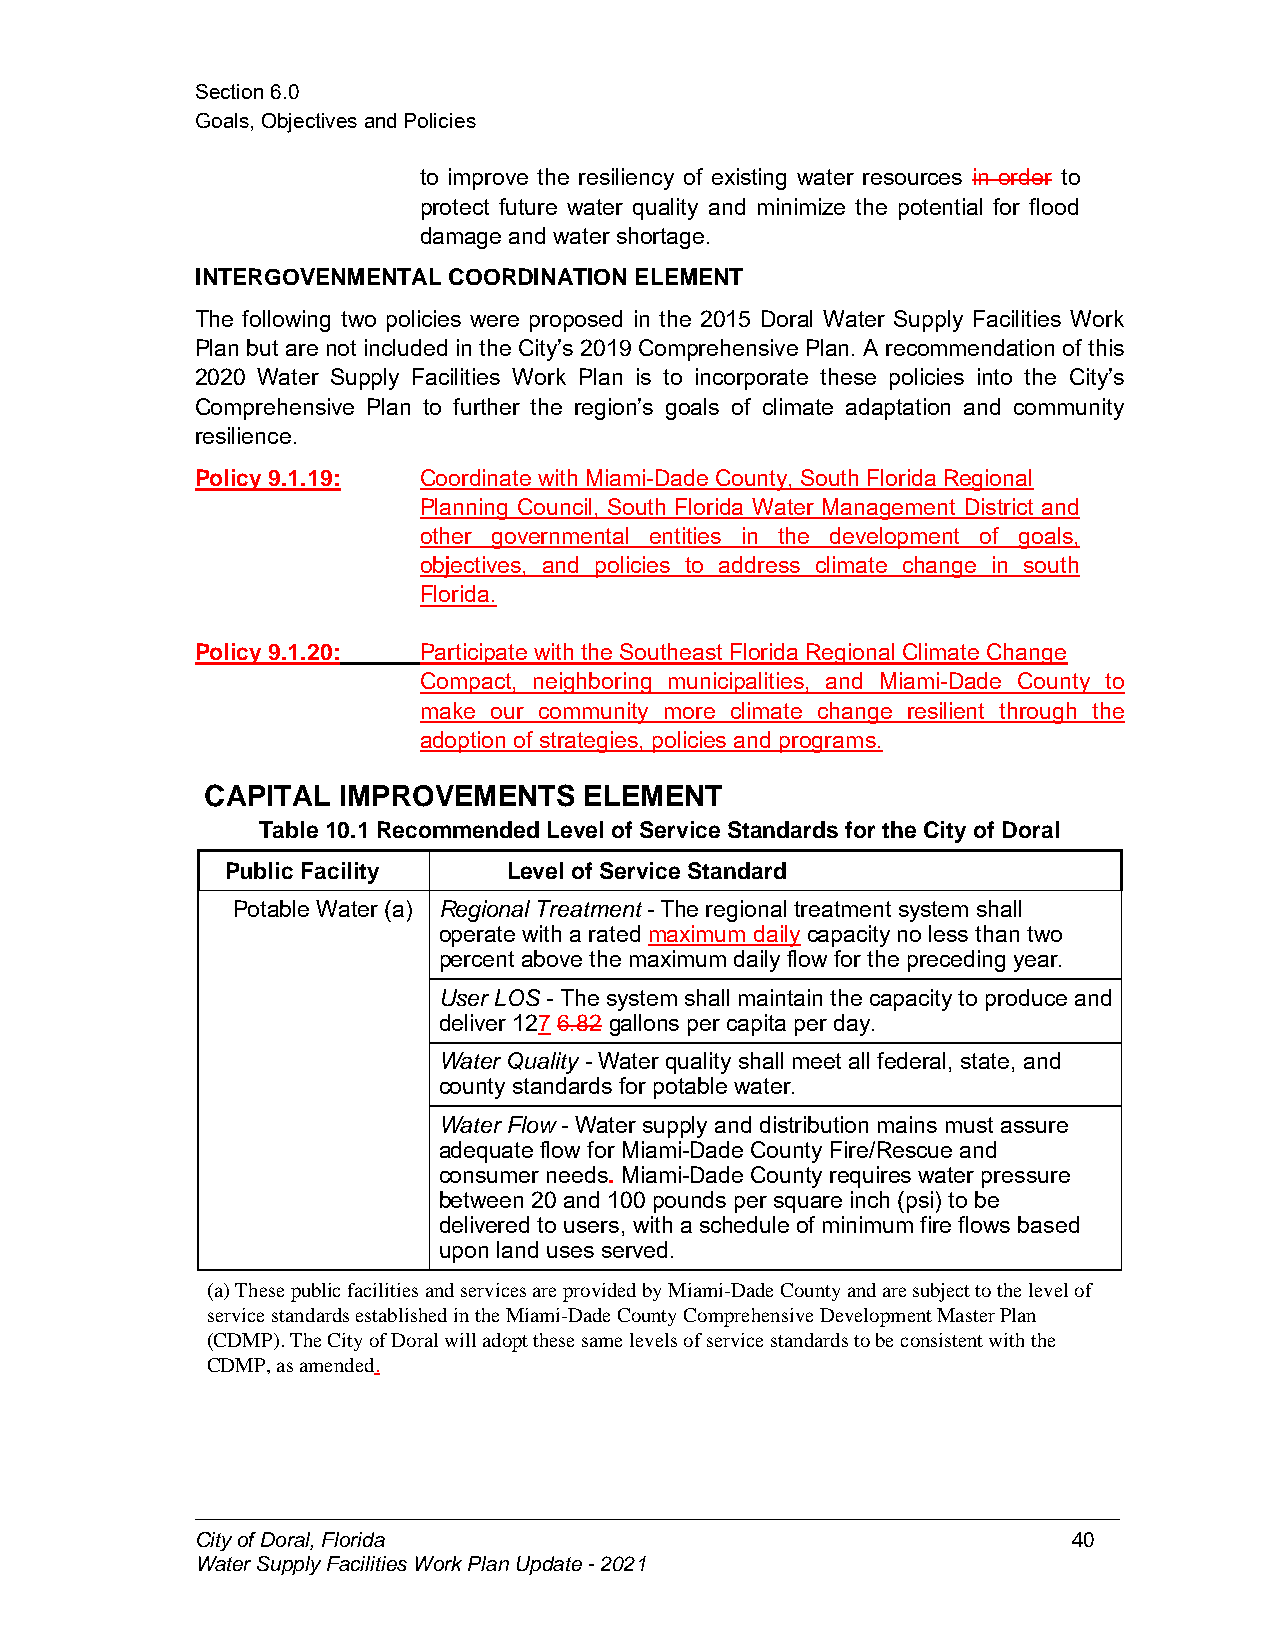
Section6.0
 Goals,ObjectivesandPolicies
 to improve the resiliency of existing water resources in order to
 protect future water quality and minimize the potential for flood
 damage andwater shortage.
 INTERGOVENMENTALCOORDINATION ELEMENT
 The following two policies were proposed in the 2015 Doral Water Supply Facilities Work
 Plan but are not included in the City’s 2019 Comprehensive Plan. A recommendation of this
 2020 Water Supply Facilities Work Plan is to incorporate these policies into the City’s
 Comprehensive Plan to further the region’s goals of climate adaptation and community
 resilience.
 Policy 9.1.19: Coordinate withMiami-Dade County, South Florida Regional
 Planning Council, South Florida Water Management District and
 other governmental entities in the development of goals,
 objectives, and policies to address climate change in south
 Florida.
 Policy 9.1.20: Participate withtheSoutheast FloridaRegional Climate Change
 Compact, neighboring municipalities, and Miami-Dade County to
 make our community more climate change resilient through the
 adoption of strategies, policies and programs.
 CAPITAL IMPROVEMENTS     ELEMENT
 Table 10.1 Recommended Level of ServiceStandards for the Cityof Doral
 Public Facility    Level of Service Standard
 Potable Water (a) Regional Treatment - The regional treatment system shall
 operatewith arated maximum daily capacity no less thantwo
 percent abovethemaximum daily flowfor thepreceding year.
 User LOS- Thesystemshall maintainthe capacity to produceand
 deliver 127 6.82 gallons per capitaper day.
 Water Quality - Water quality shall meet allfederal, state, and
 county standards for potable water.
 Water Flow - Water supply and distributionmains must assure
 adequateflow for Miami-Dade County Fire/Rescue and
 consumer needs. Miami-Dade County requires water pressure
 between 20and 100pounds per squareinch(psi) tobe
 delivered tousers, withaschedule of minimum fire flows based
 upon land uses served.
 (a)ThesepublicfacilitiesandservicesareprovidedbyMiami-DadeCountyandaresubjecttothelevelof
 servicestandardsestablishedintheMiami-DadeCountyComprehensiveDevelopmentMasterPlan
 (CDMP).TheCityofDoralwilladoptthesesamelevelsofservicestandardstobeconsistentwiththe
 CDMP,asamended.
 CityofDoral,Florida                                       40
 WaterSupplyFacilitiesWorkPlanUpdate-2021